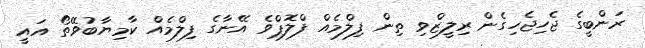
ރަންބީގެ ޖެހިޖެހިގެން ރިލީޒްވި ތިން ފިލްމެއް ފްލޮޕްވެ އޭނާގެ ފިލްމެއް ކާމިޔާބުވޭތޯ އައީ